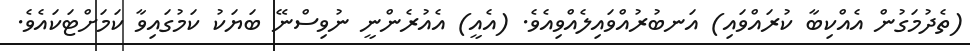
(ތެދުމަގުން އެއްކިބާ ކުރައްވައި) އަނބުރުއްވައިލެއްވިއެވެ. (އެއީ) އެއުރެންނީ ނުވިސްނޭ ބަޔަކު ކަމުގައިވާ ކަމަށްޓަކައެވެ.